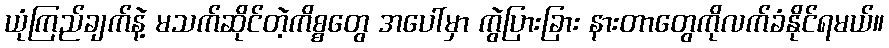
ယုံကြည်ချက်နဲ့ မသက်ဆိုင်တဲ့ကိစ္စတွေ အပေါ်မှာ ကွဲပြားခြား နားတာတွေကိုလက်ခံနိုင်ရမယ်။